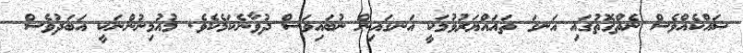
ޝައްކެއްވެސް ނެތްގޮތުގައި އަނގަ ތަޣައްޔަރުވުމަކީ އަނގައިން ނުބައިވަސް ދުވާނެކަމެކެވެ. މުއުމިނުންނަކީ އަބަދުވެސް